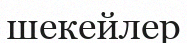
шекейлер